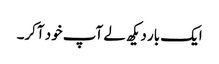
ایک بار دیکھ لے آپ خود آکر۔